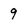
Character: 9